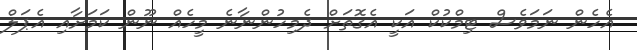
އެހެން ނަމަވެސް ޓިމްކުކް އަކީ އެގޮތަށް ދެމިހުންނާނެ މީހެއް ނޫން ކަމަށާއި އެޕަލް